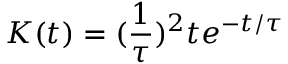
K ( t ) = ( \frac { 1 } { \tau } ) ^ { 2 } t e ^ { - t / \tau }